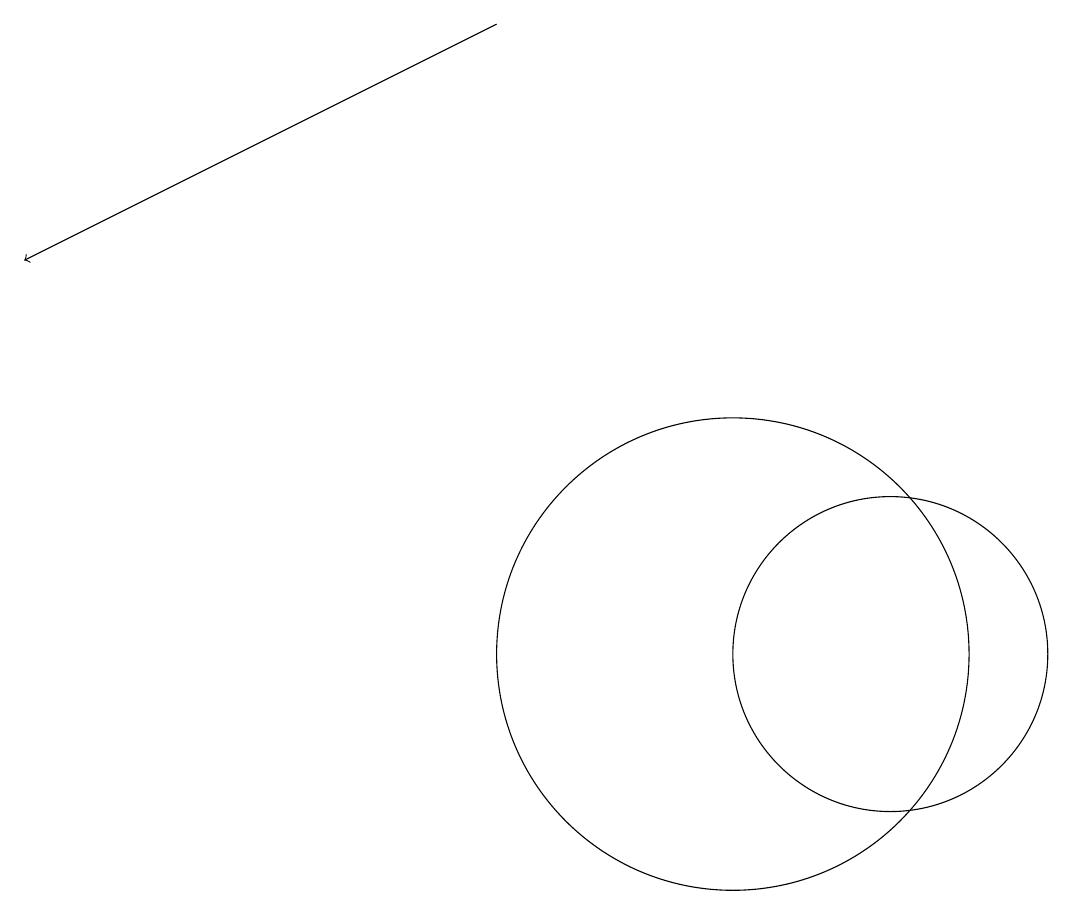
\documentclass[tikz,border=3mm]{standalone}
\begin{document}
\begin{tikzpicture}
\draw (10,11) circle (3);
\draw[->] (7,19) -- (1,16);
\draw (12,11) circle (2);
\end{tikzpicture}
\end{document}